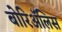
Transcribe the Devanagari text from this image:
बोरिॲलिस